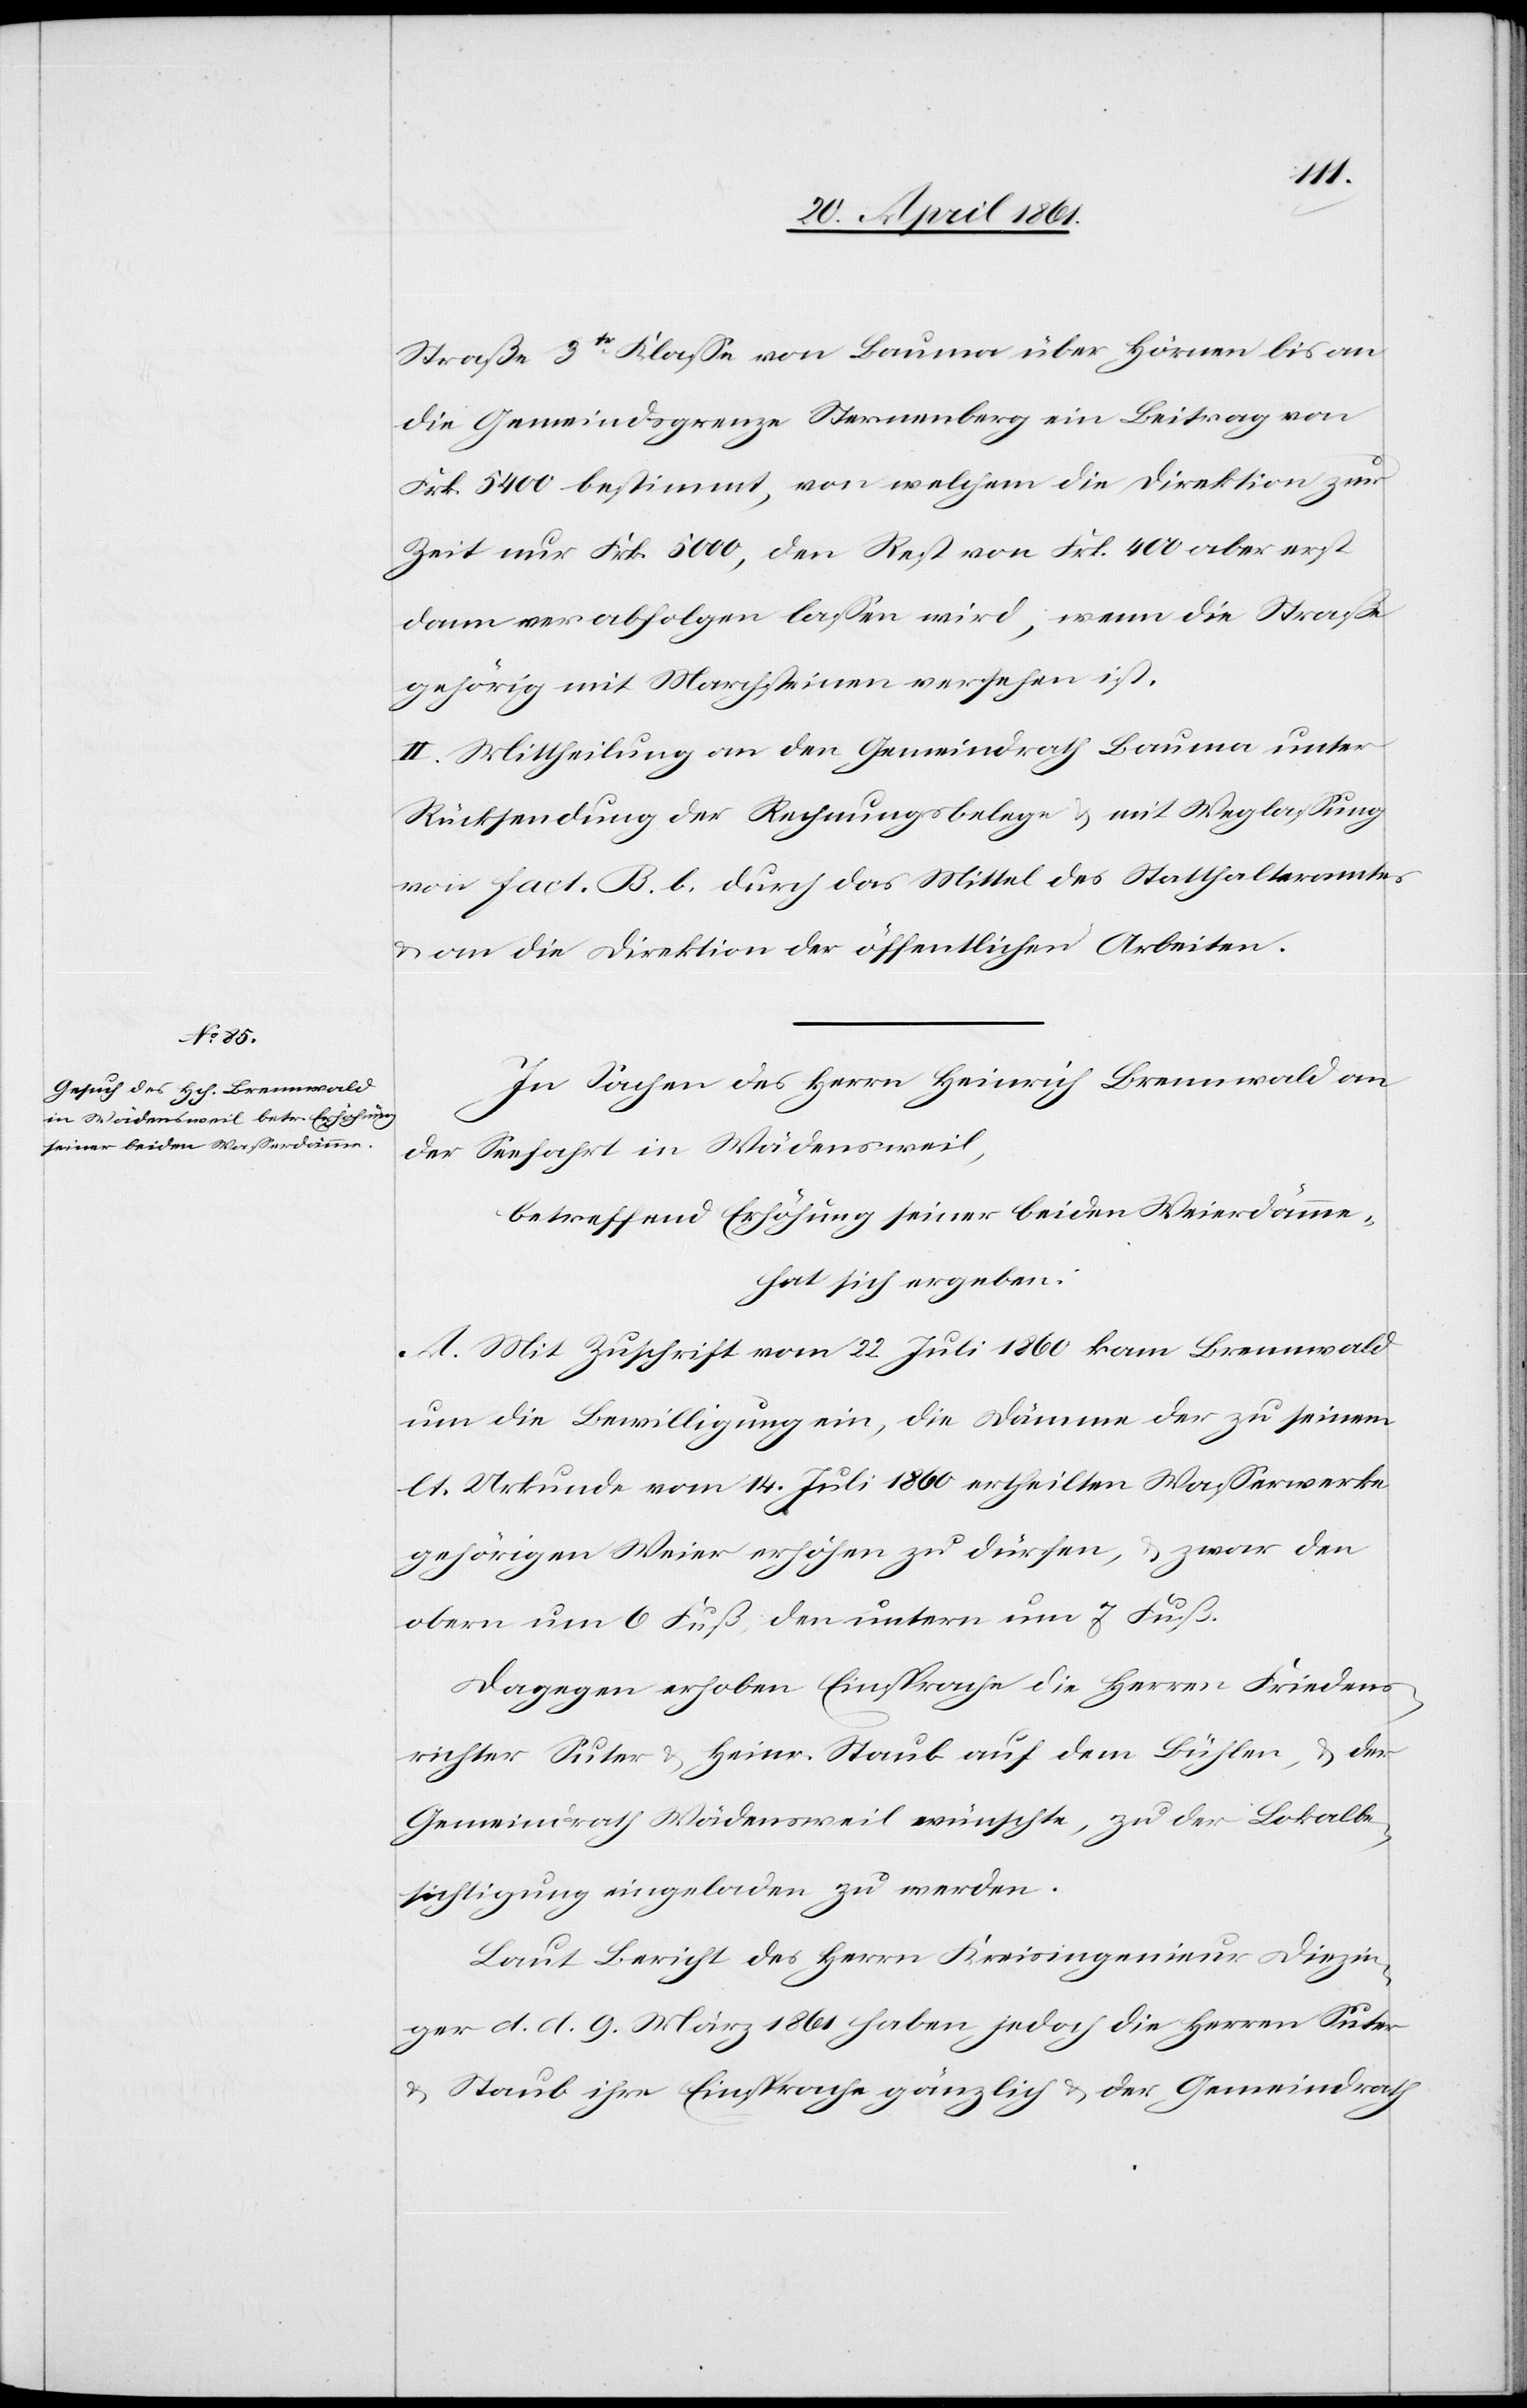
Straße 3tr Klasse von Bauma über Hörnen bis an
die Gemeindsgrenze Sternenberg ein Beitrag von
Frk. 5400 bestimmt, von welchem die Direktion zur
Zeit nur Frk. 5000, den Rest von Frk. 400 aber erst
dann verabfolgen lassen wird, wenn die Strasse
gehörig mit Marchsteinen versehen ist.
II. Mittheilung an den Gemeindrath Bauma unter
Rücksendung der Rechnungsbelege u. mit Weglassung
von fact. B. b. durch das Mittel des Statthalteramtes
u. an die Direktion der öffentlichen Arbeiten.
In Sachen des Herrn Heinrich Brennwald an
der Seefahrt in Wädensweil,
betreffend Erhöhung seiner beiden Weierdämme
hat sich ergeben:
A. Mit Zuschrift vom 22. Juli 1860 kam Brennwald
um die Bewilligung ein, die Dämme der zu seinem
lt. Urkunde vom 14. Juli 1860 ertheilten Wasserwerke
gehörigen Weier erhöhen zu dürfen, u. zwar den
obern um 6 Fuß, den untern um 7 Fuß.
Dagegen erhoben Einsprache die Herren Friedens¬
richter Suter u. Heinr. Staub auf dem Bühler, u. der
Gemeindrath Wädensweil wünschte, zu der Lokalbe¬
sichtigung eingeladen zu werden.
Laut Bericht des Herrn Kreisingenieur Diezin¬
ger d. d. 9. März haben jedoch die Herren Suter
u. Staub ihre Einsprache gänzlich u. der Gemeindrath